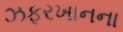
ઝફરખાનના